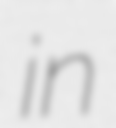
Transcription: in